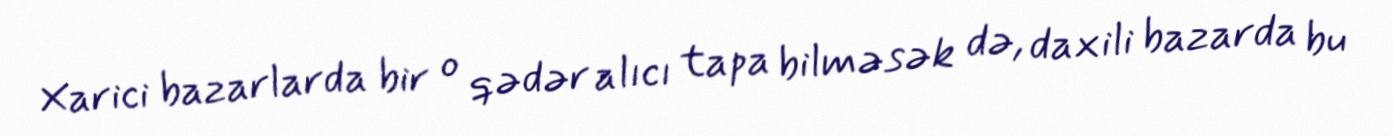
Xarici bazarlarda bir o qədər alıcı tapa bilməsək də, daxili bazarda bu